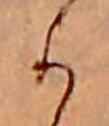
か